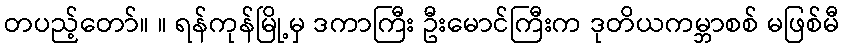
တပည့်တော်။ ။ ရန်ကုန်မြို့မှ ဒကာကြီး ဦးမောင်ကြီးက ဒုတိယကမ္ဘာစစ် မဖြစ်မီ